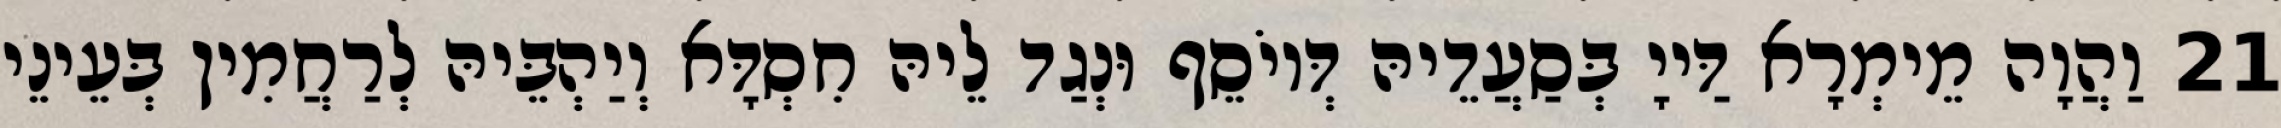
21 וַהֲוָה מֵימְרָא דַּייָ בְּסַעֲדֵיהּ דְּיוֹסֵף וּנְגַד לֵיהּ חִסְדָּא וְיַהְבֵּיהּ לְרַחֲמִין בְּעֵינֵי